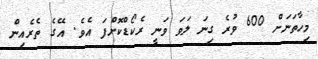
މިހާތަނަށް 600 ވުރެ ގިނަ ލަވަ ވަނީ ރެކޯޑްކޮށްފަ އެވެ. އޭގެ ތެރެއިން